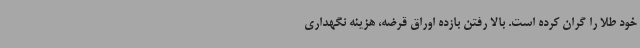
خود طلا را گران کرده است. بالا رفتن بازده اوراق قرضه، هزینه نگهداری